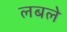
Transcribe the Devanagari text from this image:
लबले